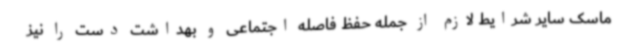
ماسک سایر شرایط لازم از جمله حفظ فاصله اجتماعی و بهداشت دست را نیز